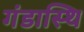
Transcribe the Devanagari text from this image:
गंडास्थि